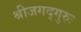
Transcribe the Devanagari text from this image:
श्रीजगद्गुरुः